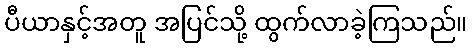
ပီယာနှင့်အတူ အပြင်သို့ ထွက်လာခဲ့ကြသည်။